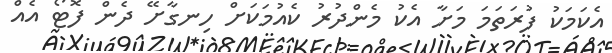
އެކަމަކު ފުރަތަމަ މަށާ އެކު މެންދުރު ކެއުމަކަށް ހިނގާށޭ ދެން ފޮޓޯ އެއް